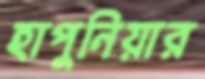
হাপুনিয়ার